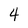
Character: 4